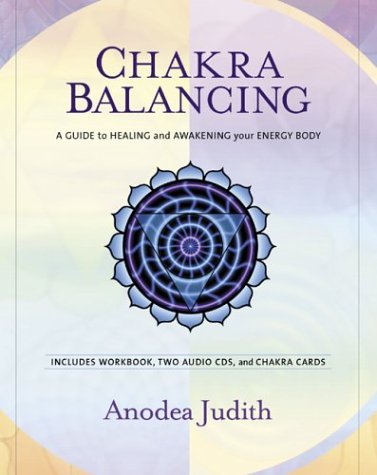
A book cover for Chakra Balancing; Judith Anodea; Health, Fitness & Dieting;